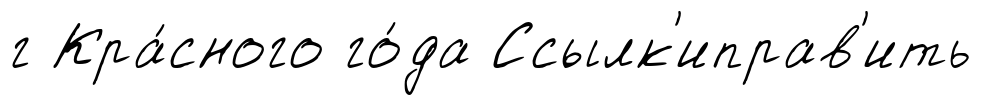
г Кра́сного го́да Ссылк'иправ'ить